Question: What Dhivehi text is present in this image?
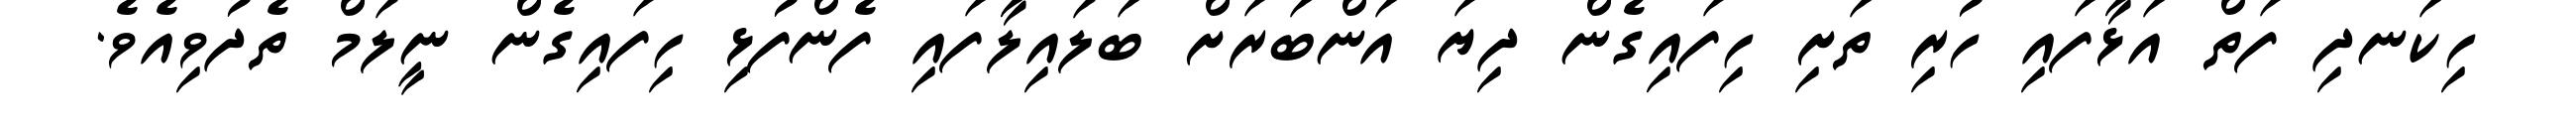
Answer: ހިކަނދި ފަތް އަޅާފައި ހުރި ތަށި ހިފައިގެން ދިޔަ އަންބަރަށް ބަލައިލާފައި ފެންފުޅި ހިފައިގެން ނީލަމް ތެދުވިއެވެ.